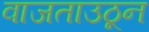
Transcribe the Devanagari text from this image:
वाजताउठून